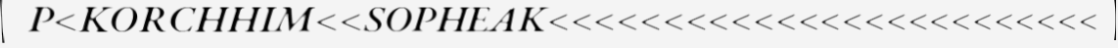
P<KORCHHIM<<SOPHEAK<<<<<<<<<<<<<<<<<<<<<<<<<